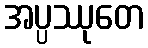
အပ္ပဿုတေ